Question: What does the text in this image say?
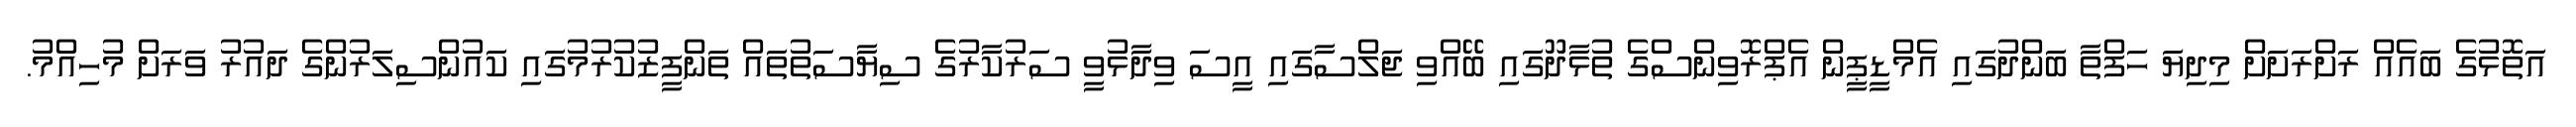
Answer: އަތޮޅުގެ ބައެއް ރަށްރަށަށް މިދިޔަ ހަފްތާ ބަންދުގައި އެމްޑީޕީން އެޕްރޮވިންސްގެ ތުޅާދޫގައި ބޭއްވި ޖަލްސާގައި އީސަ ވިދާޅުވީ ސަރުކާރުގެ ސިޔާސަތުތައް ތަންފީޒުކުރުމުގައި ކައުންސިލަރުންގެ ދައުރު ވަރަށް މުހިއްމު.